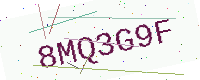
Text: 8MQ3G9F